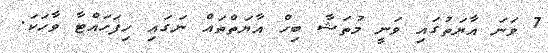
7 ވަނަ އާޔަތުގައި ވަނީ މުތަޝާ ބިހް އާޔަތްތައް ނަގައި ހިފަހައްޓާ ވާހަކަ.